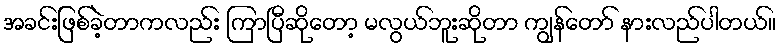
အခင်းဖြစ်ခဲ့တာကလည်း ကြာပြီဆိုတော့ မလွယ်ဘူးဆိုတာ ကျွန်တော် နားလည်ပါတယ်။